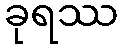
ခုရဿ